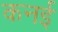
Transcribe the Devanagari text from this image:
कनई